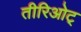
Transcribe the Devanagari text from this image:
तीरिओट्